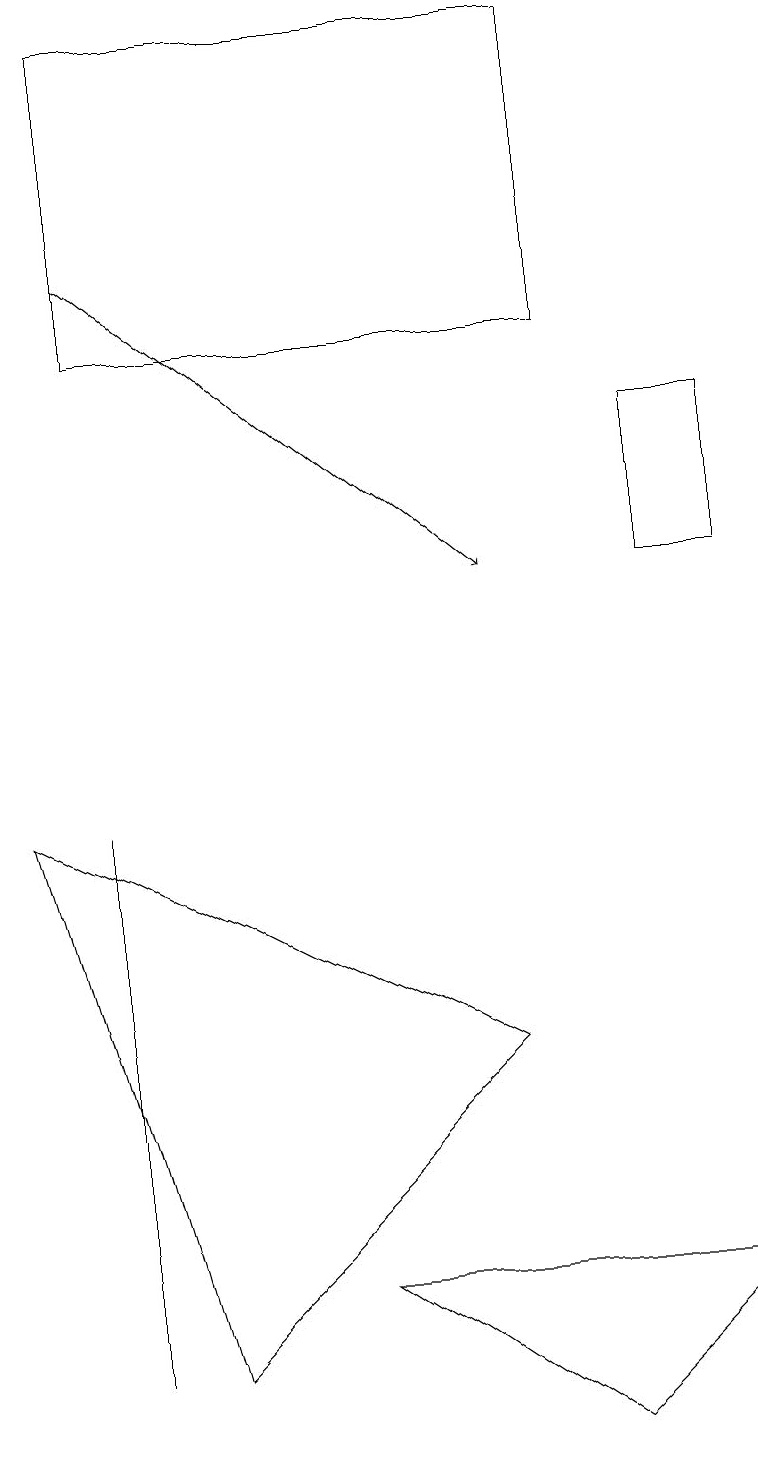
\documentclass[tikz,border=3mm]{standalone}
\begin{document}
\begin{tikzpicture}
\draw (1,2) -- (1,8) -- (1,9) -- cycle;
\draw[->] (1,16) -- (6,12);
\draw (9,3) -- (4,3) -- (7,1) -- cycle;
\draw (2,2) -- (6,6) -- (0,9) -- cycle;
\draw (7,15) rectangle (1,19);
\draw (8,12) rectangle (9,14);
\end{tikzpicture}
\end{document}